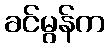
ခင်မွန်က